Bréfritari: Eggert Laxdal
Viðtakandi: Einar Friðgeirsson
Dagsetning: A-1895-01-31
Skrifað á: Akureyri  Eyf.

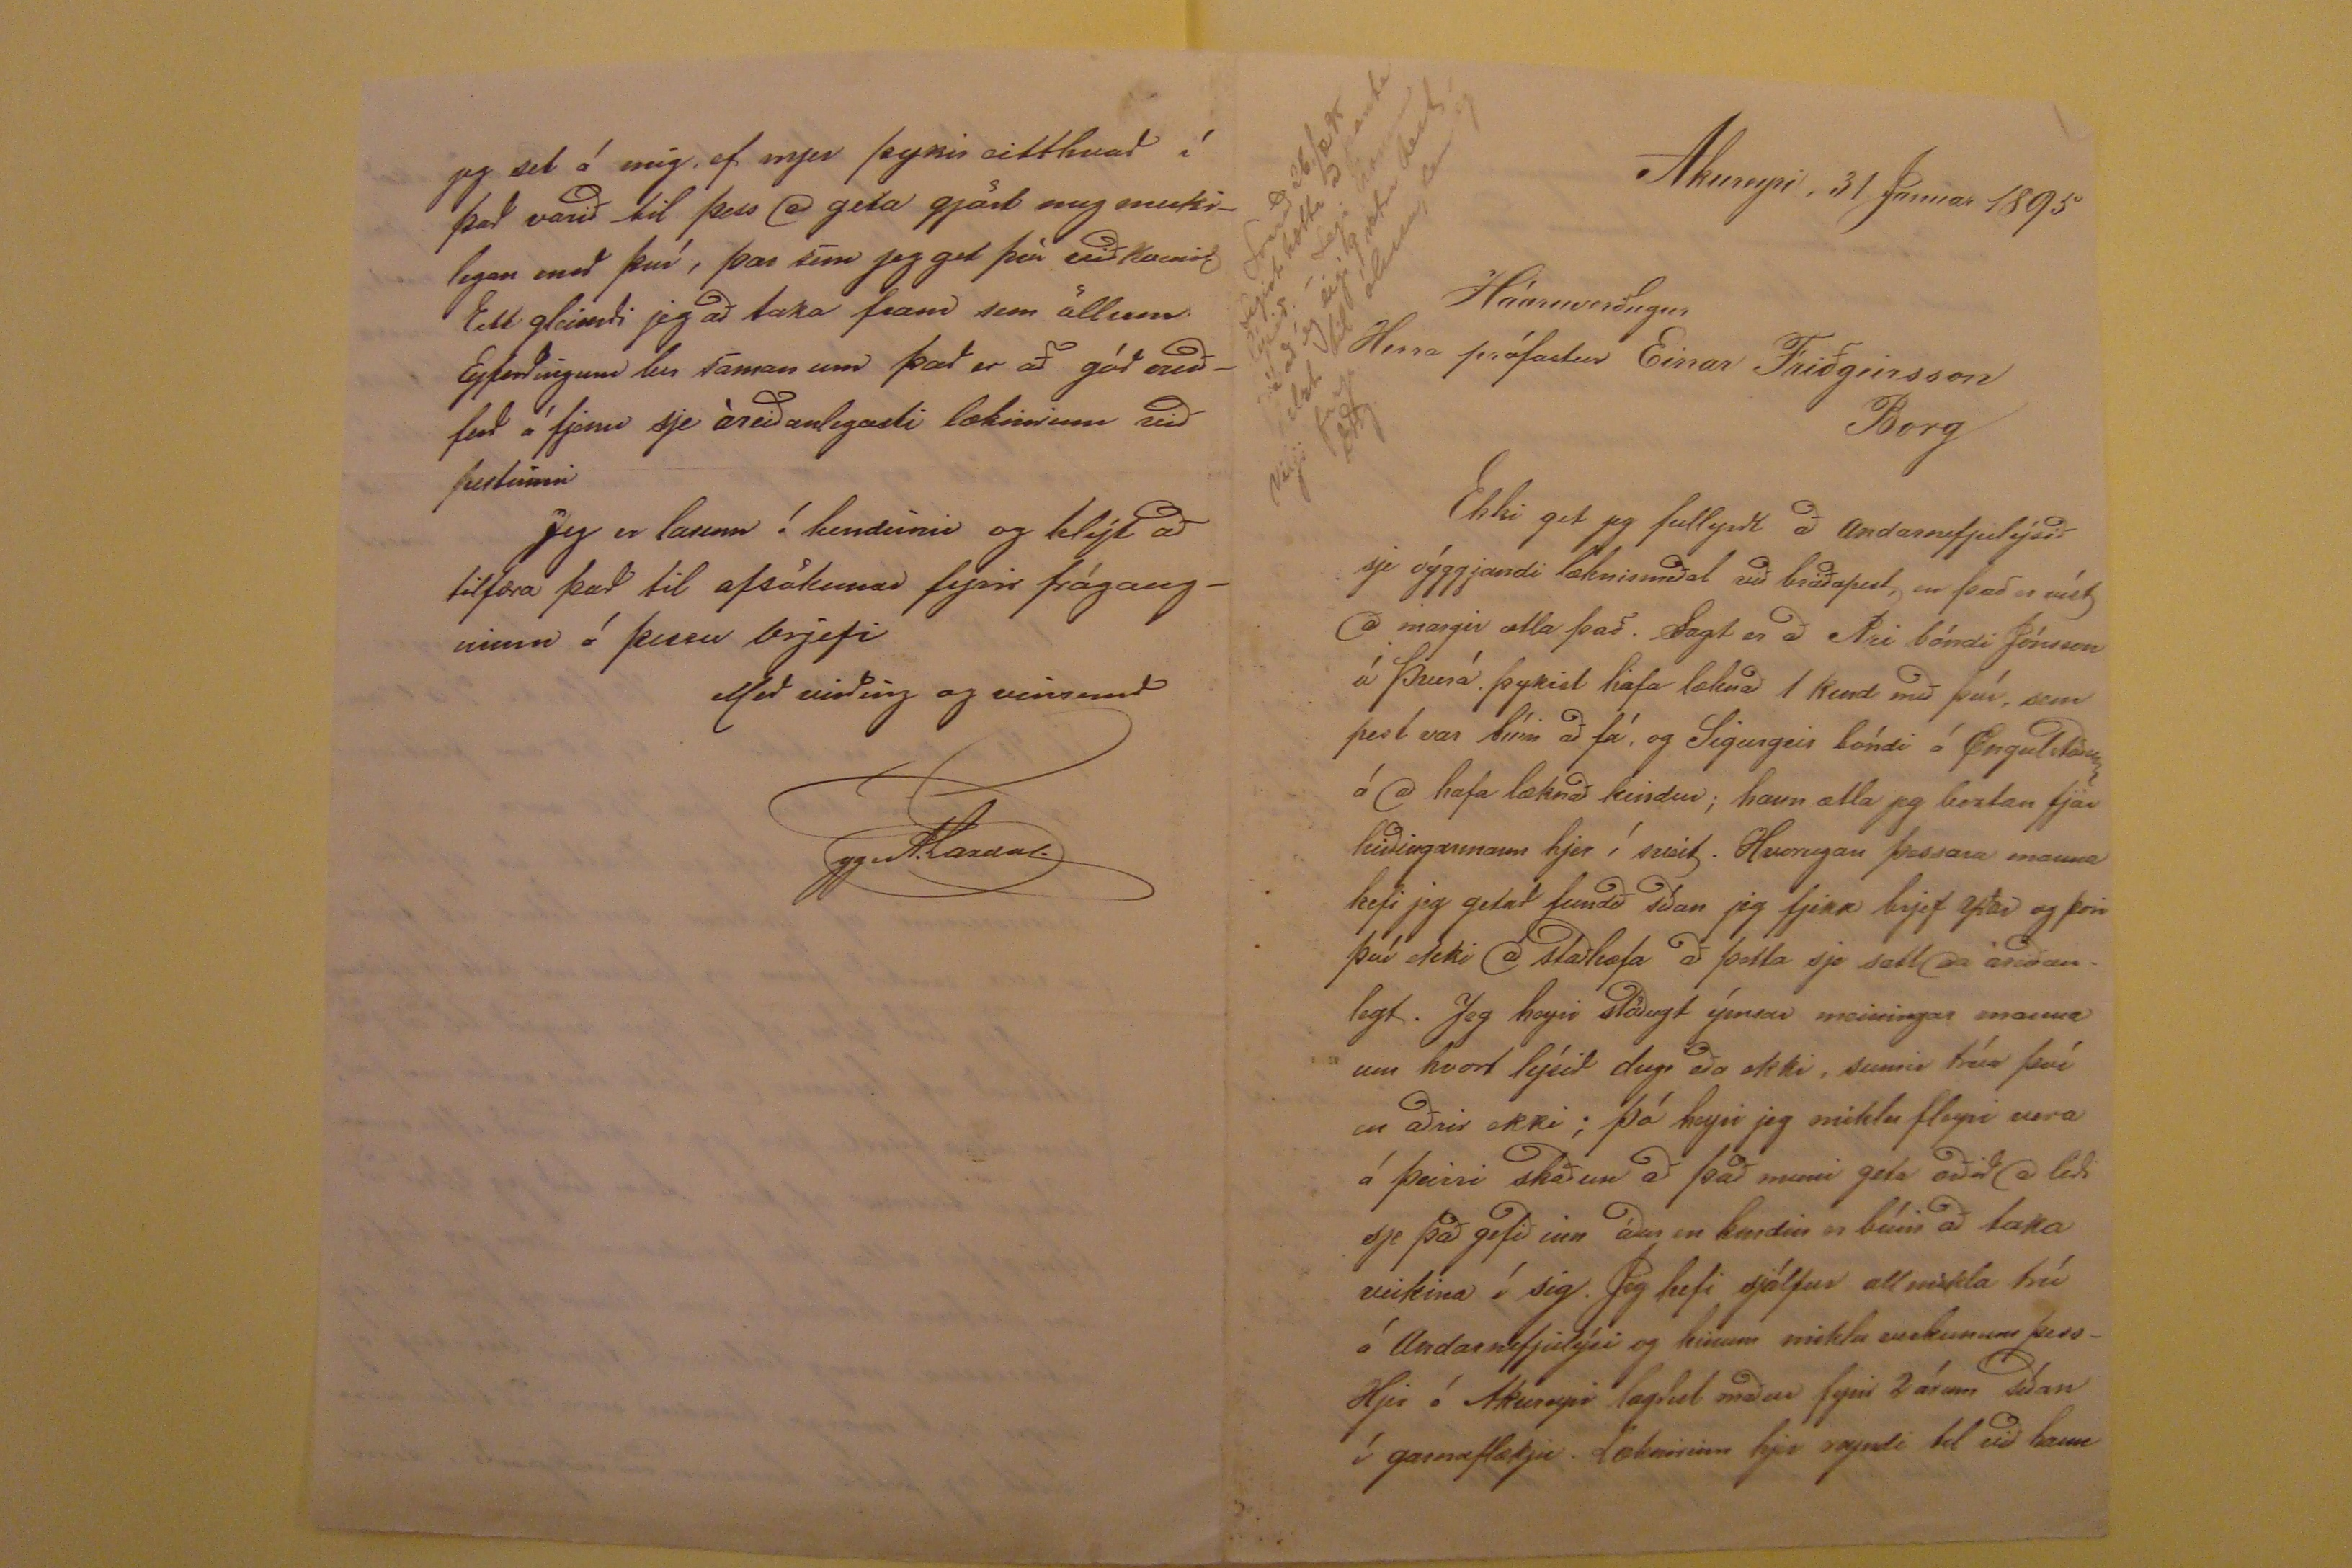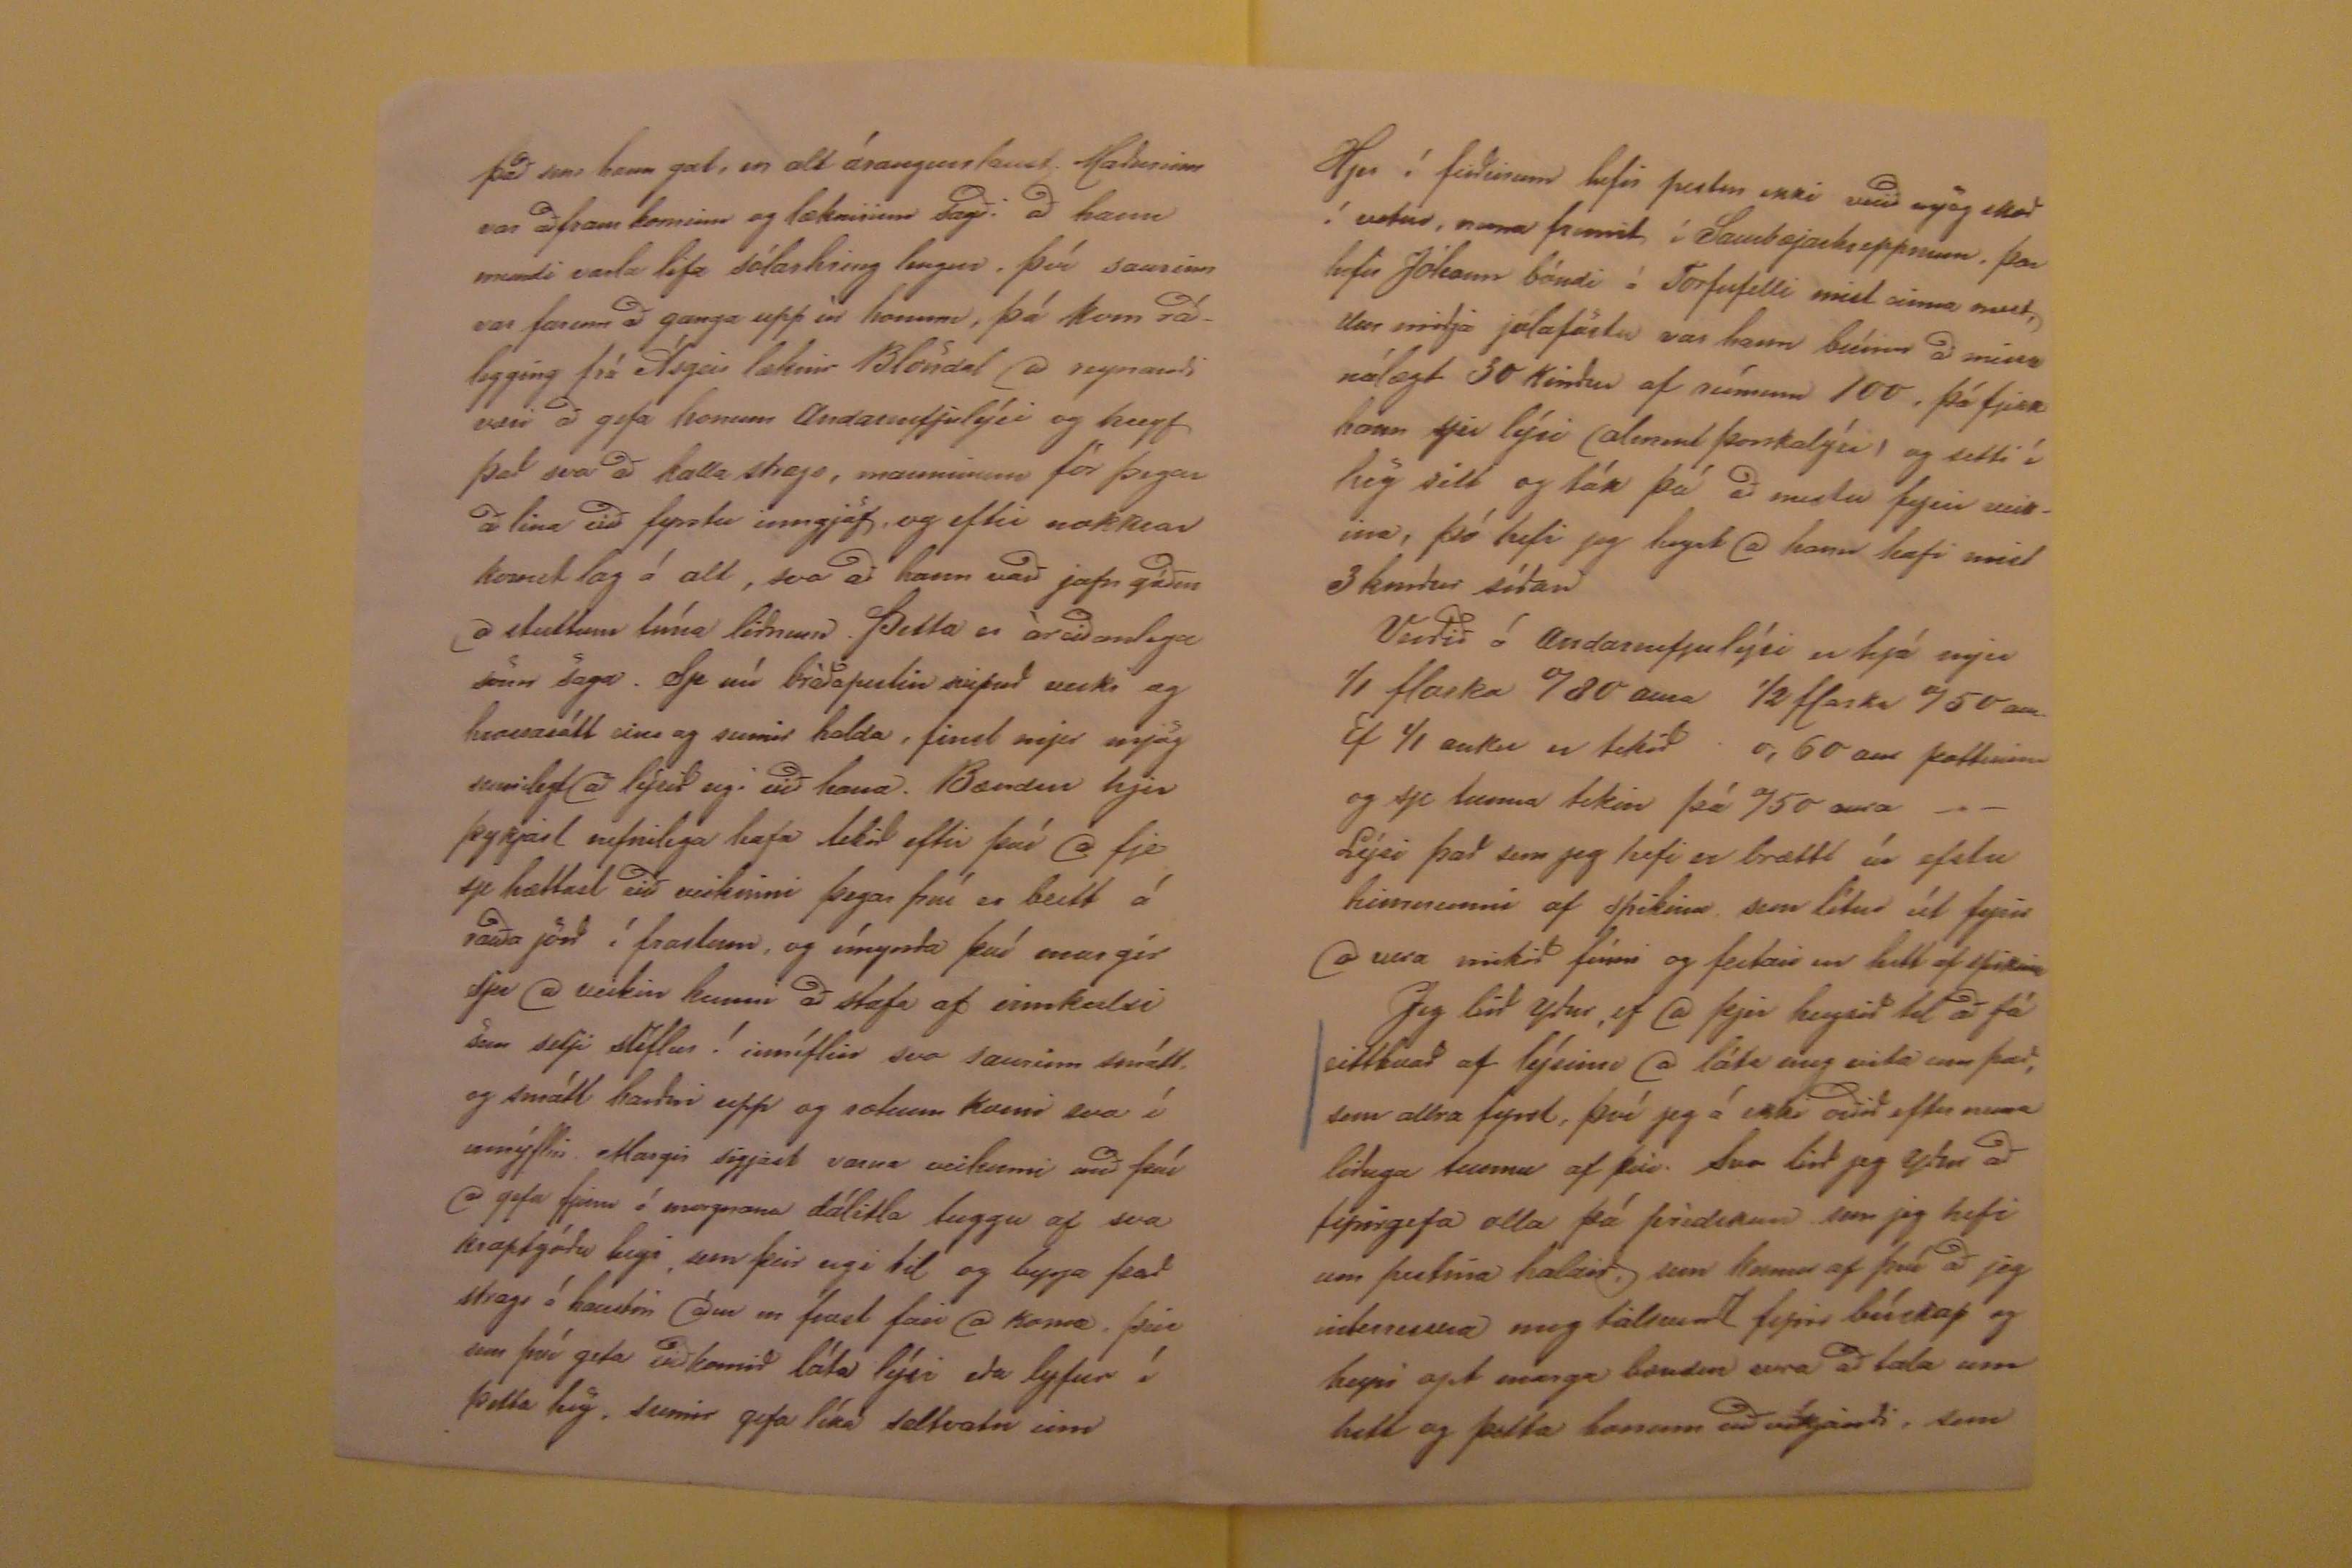

Akureyri, 31 Janúar 1895
Háæruverðugur
Herra prófastur Einar Friðgeirsson
Borg
Svarað 26./
?
95 Segist hætta að panta lýsið.- Segi honum frá að ég eigi 9 vetra hest
helzt til ólmur, sem eg vilji farga
EF.
Ekki get jeg fullyrt að andarnefjulýsið sje óyggjandi læknismeðal við bráðapest, en það er víst að margir ætla það. Sagt er að Ari bóndi Jónsson á Þverá þykist hafa
læknað 1 kind með því, sem pest var búin að fá, og Sigurgeir bódi á Öngulstöðum á að hafa læknað kindur; hann ætla jeg beztan fjár hirðingarmann hjer í sveit.
Hvorugan þessara manna hefi jeg getað fundið síðan jeg fjekk brjef yðar og
þeir
því ekki að staðhæfa að þetta sje satt eða áreðanlegt. Jeg
heyri stöðugt ymsar meiningar manna um hvort lýsið dugi eða ekki, sumir trúa því en aðrir ekki; þó heyri jeg miklu fleyri vera á þeirri skaðun áður en kindin er
búin að taka veikina í sig. Jeg hefi sjálfur all mikla trú á Andarnefjulýsi og hinum miklu verkunum þess- Hjer á Akureyri lagðist maður fyrir 2 árum síðan í garnaflækju.
Læknirinn hjer reyndi til við hann
Það sem hann gat, en alt árangurslaust. Maðurinn var aðfram kominn og læknirinn sagði að hann mundi varla lifa sólarhring lengur, því saurinn var farinn að
ganga upp úr honum, þá kom ráðlegging frá Ásgeir læknir Blöndal að reynandi væri að gefa honum Andarnefjulýsi og hreyf það svo að kalla strags, manninum
fór þegar að lina við fyrstu inngjöf, og eftir nokkrar komst lag á alt, svo að hann varð jafn góður að stuttum tíma liðnum. Þetta er áreiðanlega sönn saga. Sje nú
bráðapestin svipuð veiki og hrossasótt eins og sumir halda, finst mjer mjög sennilegt að lýsið eig við hana. Bændur hjer þykjast nefnilega hafa tekið eftir því að fje
sje hættast við veikinni þegar því er beitt á rauða jörð í frostum, og ímynda því
enus gir
sjeu að veikin kunni að stafa af
eimkalsi
sem selji stíflur ! inníflin svo saurin smátt og smátt harðni upp og rotnun komi svo í innýflin. Margir ségjast varna veikinni með því að gefa fjenu á
morgnana dálitla tuggu af svo kraptgóðu heyi sem þeir eigi til og byrja það strags á haustin áður en frost fari að koma, þeir sem því geta viðkomið láta lýsi eða lyfur
í þetta hey, sumir gefa líka saltvatn inn
Hjer í firðinum hefir pestin ekki verið mjög skæð í vetur, nema fremst í Sauðrbæjarhreppnum, þar hefir Jóhann bóndi á Torfufelli mist einna mest, Um miðja
jólaföstu var hann búinn að missa nálægt 30 Kindur af sínum 1000, þá fjekk hann sjer lýsi (almennt þorskalýsi) og setti í hey sitt og tók þá að mestu fyrir veikina,
þó hefi jeg heyrt að hann hafi mist 3 kindur síðan Verðið á Andarnefjulýsi er hjá mjer 1/1 flaska
780
aura 1/2 flaksa 750 aur. Ef 1/1 auka er tekið
0,60 aur pitturinn og sje tunna tekin þá 750 aura -"- Lýsi það sem jeg hefi er brætti úr efstu himnunni af spikinu, sem lítur út fyrir að vera mikið fínni og feitari en
hitt af spikinu Jeg bið yður, ef að þjer hugsið til að fá eitthvað af lýsinu að láta mig vita um það, sem allra fyrst, því jeg á ekki orðið eftir nuna liðuga tunnu af því.
Svo bið jeg yður að fyrirgefa alla þá predikun sem jeg hefi um pestina haldið, sem kemur af því að jeg
interresera
mig tálsvert fyrir búskap
og heyri opt marga bændur vera að tala um hitt og þetta honum að víkjandi, sem
jeg set á mig, ef mjer þykir eitthvað í það varið til þess að geta gjört mig merkilegan með því, þar sem jeg get því við komið Eitt gleimdi jeg að taka fram sem
öllum Eyfirðingum ber saman um það er að góð meðferð á fjenu sje áreiðanlegasti
lækininn
við pestinni Jeg er
lasinn í hendinni
og hlýt að tilfæra það til afsökunar fyrir frágangvinnu á þessu brjefi
Með virðing og vinsemd
Eggert.Laxdal.